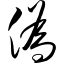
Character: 伪